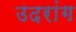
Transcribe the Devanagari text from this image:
उदरांग